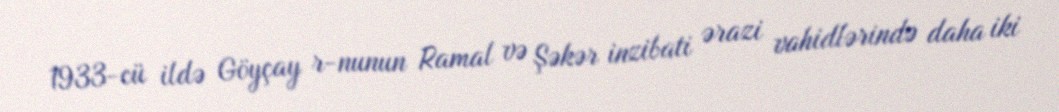
1933-cü ildə Göyçay r-nunun Ramal və Şəkər inzibati ərazi vahidlərində daha iki